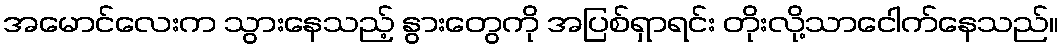
အမောင်လေးက သွားနေသည့် နွားတွေကို အပြစ်ရှာရင်း တိုးလို့သာငေါက်နေသည်။